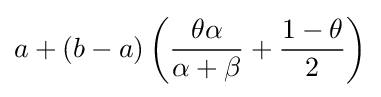
a+(b-a)\left({\frac {\theta \alpha }{\alpha +\beta }}+{\frac {1-\theta }{2}}\right)